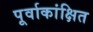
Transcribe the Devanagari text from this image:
पूर्वाकांक्षित